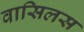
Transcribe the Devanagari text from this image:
वासिलस